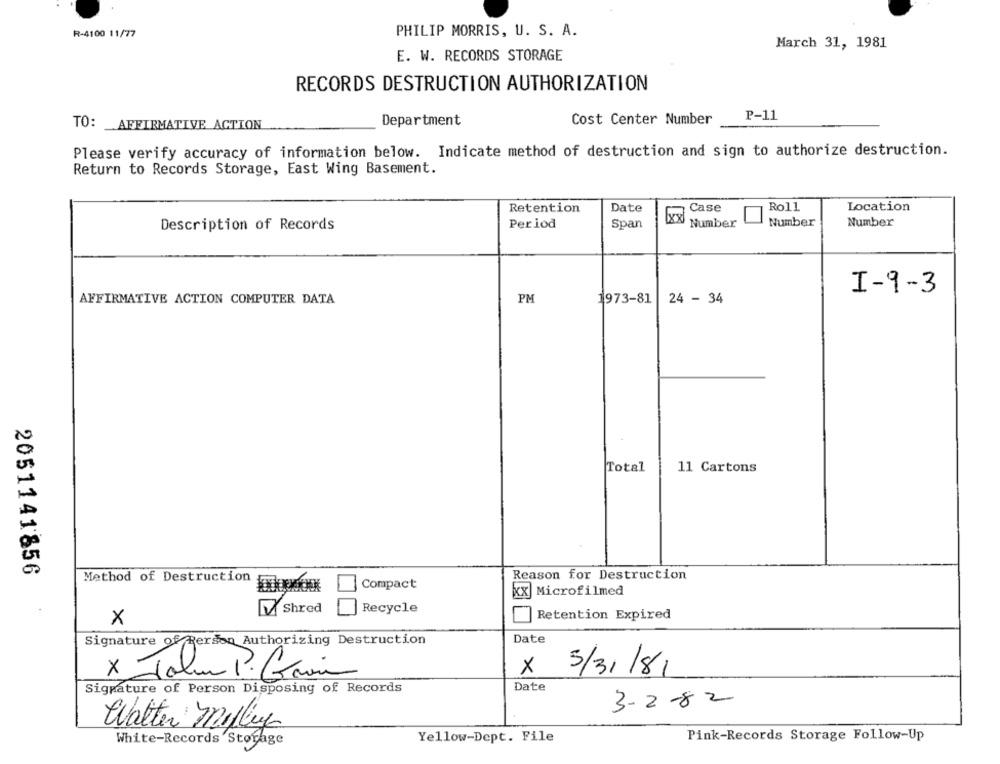
R-4100 11/77
PHILIP MORRIS, U. S. A.
March 31, 1981
E. W. RECORDS STORAGE
RECORDS DESTRUCTION AUTHORIZATION
Department
Cost Center Number
P-11
TO: _ AFFIRMATIVE ACTION
Please verify accuracy of information below. Indicate method of destruction and sign to authorize destruction.
Return to Records Storage, East Wing Basement.
Case
Roll
Retention
Date
Location
xx
Description of Records
Period
Span
Number
Number
Number
I-9-3
PM
AFFIRMATIVE ACTION COMPUTER DATA
1973-81
24 - 34
Total
11 Cartons
2051141856
Method of Destruction
Reason for Destruction
Compact
Microfilmed
Shred
Recycle
Retention Expired
X
Signature of Person Authorizing Destruction
Date
x -
x
5/31/81
Date
Signature of Person Disposing of Records
3-2-82
Watter Milley
White-Records Storage
Yellow-Dept. File
Pink-Records Storage Follow-Up